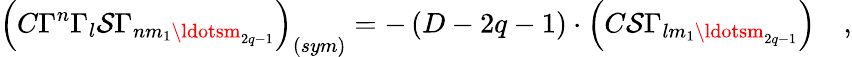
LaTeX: \left(C\Gamma^{n}\Gamma_{l}\mathcal{S}\Gamma_{nm_{1}\ldotsm_{2q-1}}\right)_{\left(sym\right)}=-\left(D-2q-1\right)\cdot\left(C\mathcal{S}\Gamma_{lm_{1}\ldotsm_{2q-1}}\right)\quad,